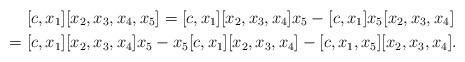
LaTeX: \begin{align*}& [c, x_1] [x_2, x_3, x_4, x_5] = [c, x_1] [x_2, x_3, x_4] x_5 - [c, x_1] x_5 [x_2, x_3, x_4] \\= \ & [c, x_1] [x_2, x_3, x_4] x_5 - x_5 [c, x_1] [x_2, x_3, x_4] - [c, x_1, x_5] [x_2, x_3, x_4].\end{align*}